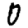
Digit: 0